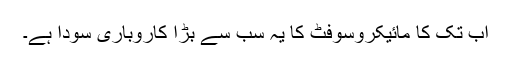
اب تک کا مائیکروسوفٹ کا یہ سب سے بڑا کاروباری سودا ہے۔